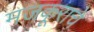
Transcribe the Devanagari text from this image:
मजकूराचे